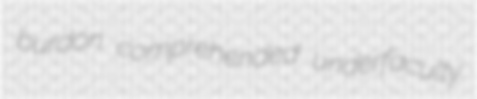
burdon comprehended underfaculty